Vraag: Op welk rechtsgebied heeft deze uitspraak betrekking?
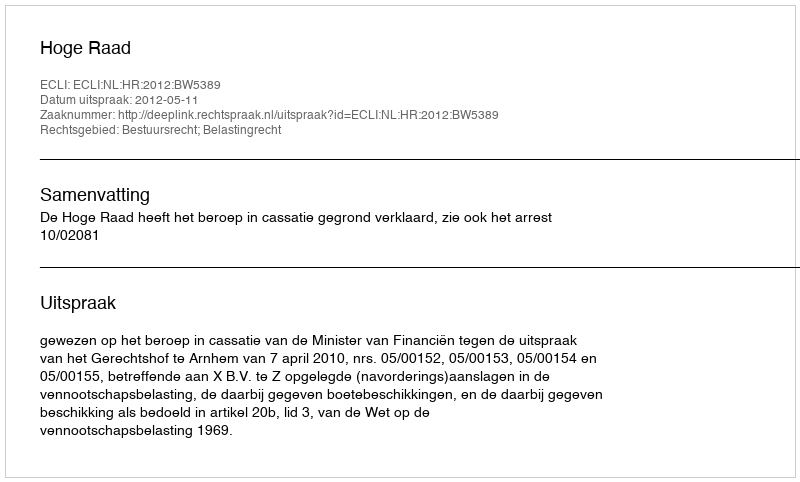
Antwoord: Bestuursrecht; Belastingrecht